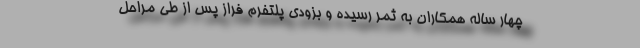
چهار ساله همکاران به ثمر رسیده و بزودی پلتفرم فراز پس از طی مراحل